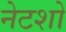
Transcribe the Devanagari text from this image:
नेटशो